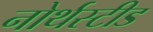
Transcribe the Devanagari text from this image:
नोर्थस्टीड